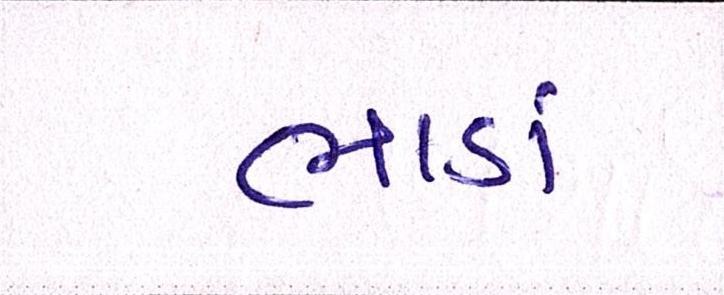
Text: ભાડાં